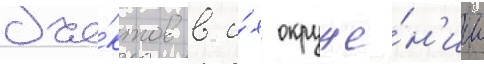
объе́ктов в и́х окруже́н'ии